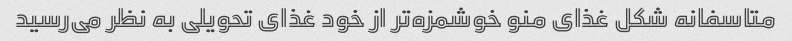
متاسفانه شکل غذای منو خوشمزه‌تر از خود غذای تحویلی به نظر می‌رسید